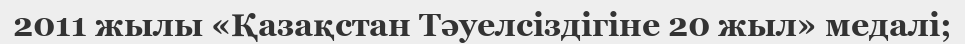
2011 жылы «Қазақстан Тәуелсіздігіне 20 жыл» медалі;